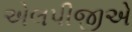
એલપીજીએ